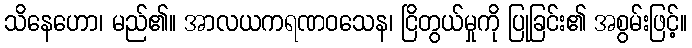
သိနေဟော၊ မည်၏။ အာလယကရဏဝသေန၊ ငြိတွယ်မှုကို ပြုခြင်း၏ အစွမ်းဖြင့်။